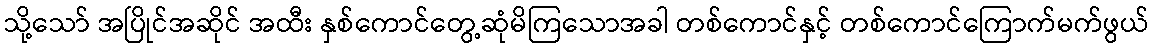
သို့သော် အပြိုင်အဆိုင် အထီး နှစ်ကောင်တွေ့ဆုံမိကြသောအခါ တစ်ကောင်နှင့် တစ်ကောင်ကြောက်မက်ဖွယ်